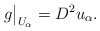
\begin{align*}g\big|_{U_\alpha}=D^2u_\alpha.\end{align*}